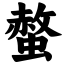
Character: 螫